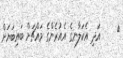
٣     އަދި އެކަލާނގެ އެއުރެންގެ މައްޗަށް ބައިބަޔަށް